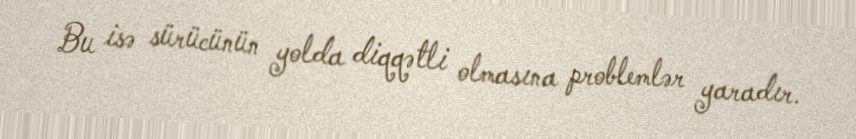
Bu isə sürücünün yolda diqqətli olmasına problemlər yaradır.